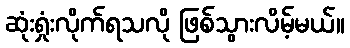
ဆုံးရှုံးလိုက်ရသလို ဖြစ်သွားလိမ့်မယ်။